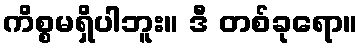
ကိစ္စမရှိပါဘူး။ ဒီ တစ်ခုရော။